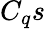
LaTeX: C_{q}s